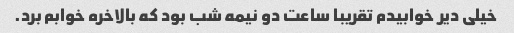
خیلی دیر خوابیدم تقریبا ساعت دو نیمه شب بود که بالاخره خوابم برد.